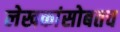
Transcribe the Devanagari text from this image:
लेखकांसोबतच